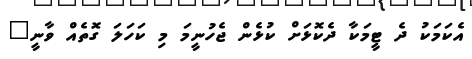
އެކަމަކު ދެ ޓީމަކާ ދެކޮޅަށް ކުޅެން ޖެހުނީމަ މި ކަހަލަ ގޮތެއް ވާނީ"